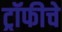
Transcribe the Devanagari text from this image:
ट्रॉफीचे